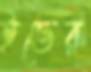
ইভের